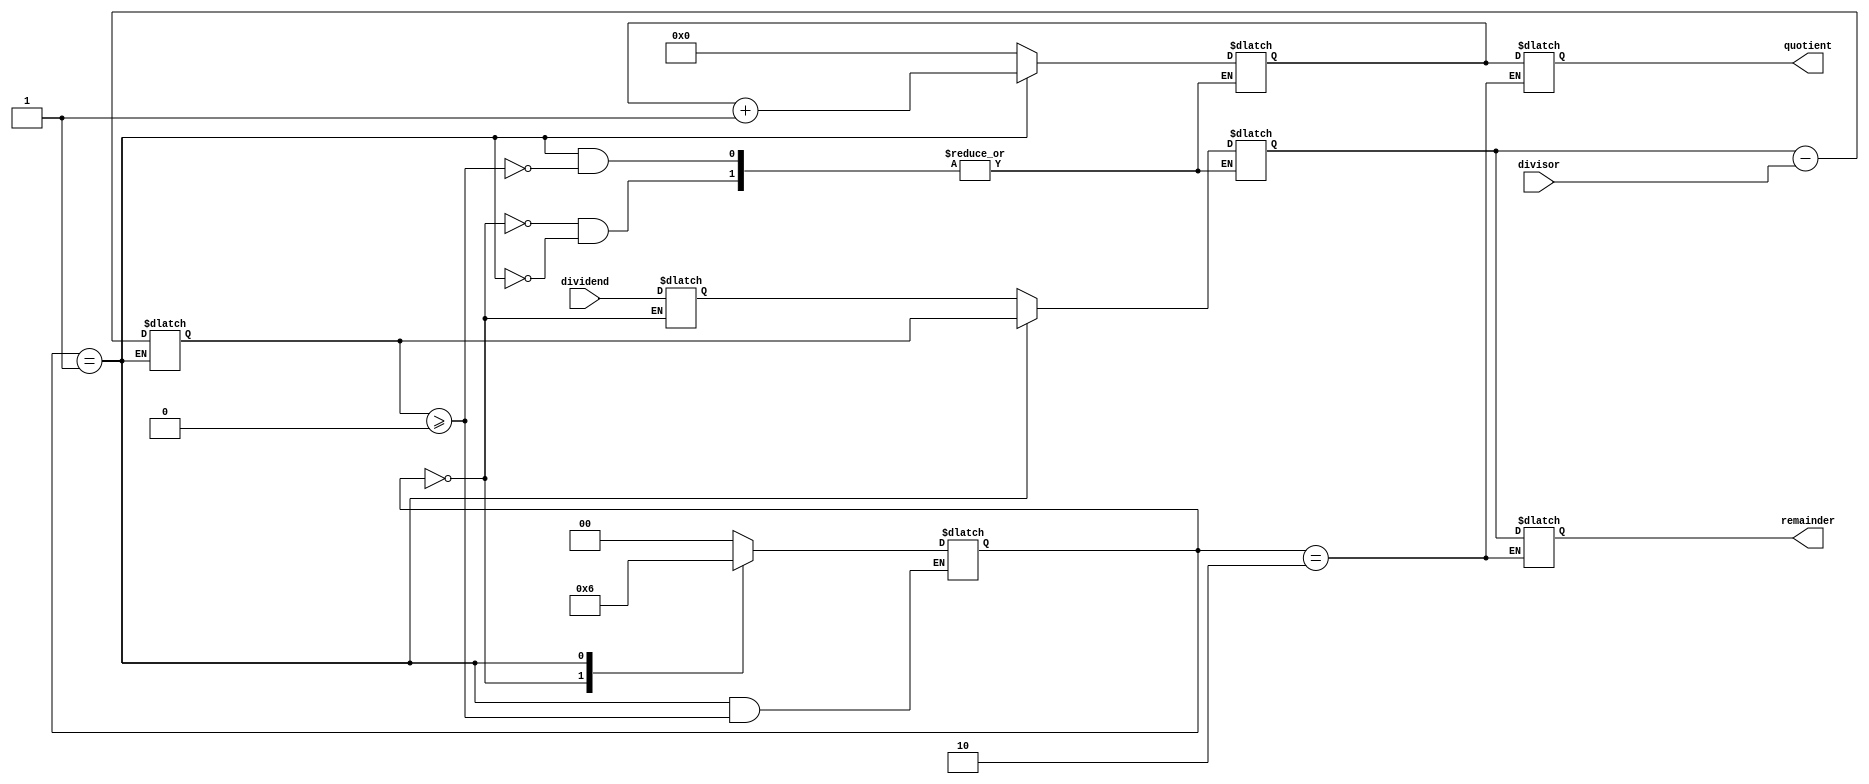
module AsyncDivider (
    input wire [7:0] dividend,
    input wire [7:0] divisor,
    output reg [7:0] quotient,
    output reg [7:0] remainder
);

reg [7:0] temp_dividend;
reg [7:0] temp_remainder;
reg [7:0] temp_quotient;
reg [7:0] subtracted_value;
reg [1:0] state;

always @ (dividend or divisor or state)
begin
    case (state)
        2'b00: begin
            temp_dividend <= dividend;
            temp_remainder <= temp_dividend;
            temp_quotient <= 8'b0;
            state <= 2'b01;
        end
        2'b01: begin
            subtracted_value <= temp_remainder - divisor;
            if (subtracted_value >= 0) begin
                temp_quotient <= temp_quotient + 1;
                temp_remainder <= subtracted_value;
            end else begin
                state <= 2'b10;
            end
        end
        2'b10: begin
            quotient <= temp_quotient;
            remainder <= temp_remainder;
            state <= 2'b00;
        end
        default: state <= 2'b00;
    endcase
end

endmodule